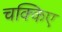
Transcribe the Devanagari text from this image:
चक्किए